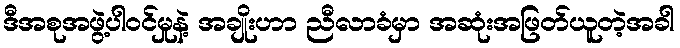
ဒီအစုအဖွဲ့ပါဝင်မှုနဲ့ အချိုးဟာ ညီလာခံမှာ အဆုံးအဖြတ်ယူတဲ့အခါ